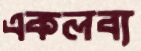
একলব্য